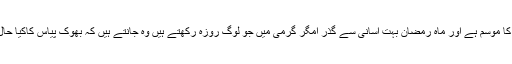
’’ سردی کا موسم ہے اور ماہ رمضان بہت آسانی سے گذر امگر گرمی میں جو لوگ روزہ رکھتے ہیں وہ جانتے ہیں کہ بھوک پیاس کاکیا حال ہوتاہے۔